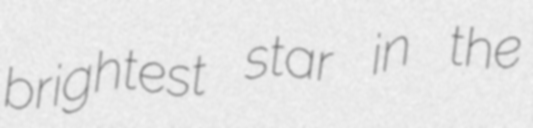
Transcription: brightest star in the